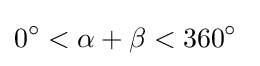
0^{\circ }<\alpha +\beta <360^{\circ }\